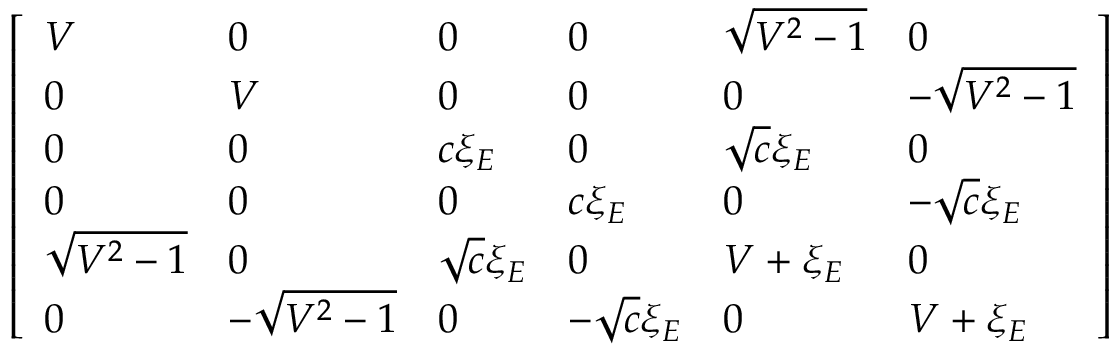
\left[ \begin{array} { l l l l l l } { V } & { 0 } & { 0 } & { 0 } & { \sqrt { { { V } ^ { 2 } } - 1 } } & { 0 } \\ { 0 } & { V } & { 0 } & { 0 } & { 0 } & { - \sqrt { { { V } ^ { 2 } } - 1 } } \\ { 0 } & { 0 } & { c { { \xi } _ { E } } } & { 0 } & { \sqrt { c } { { \xi } _ { E } } } & { 0 } \\ { 0 } & { 0 } & { 0 } & { c { { \xi } _ { E } } } & { 0 } & { - \sqrt { c } { { \xi } _ { E } } } \\ { \sqrt { { { V } ^ { 2 } } - 1 } } & { 0 } & { \sqrt { c } { { \xi } _ { E } } } & { 0 } & { V + { { \xi } _ { E } } } & { 0 } \\ { 0 } & { - \sqrt { { { V } ^ { 2 } } - 1 } } & { 0 } & { - \sqrt { c } { { \xi } _ { E } } } & { 0 } & { V + { { \xi } _ { E } } } \end{array} \right]